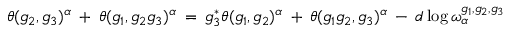
\theta ( g _ { 2 } , g _ { 3 } ) ^ { \alpha } \: + \: \theta ( g _ { 1 } , g _ { 2 } g _ { 3 } ) ^ { \alpha } \: = \: g _ { 3 } ^ { * } \theta ( g _ { 1 } , g _ { 2 } ) ^ { \alpha } \: + \: \theta ( g _ { 1 } g _ { 2 } , g _ { 3 } ) ^ { \alpha } \: - \: d \log \omega _ { \alpha } ^ { g _ { 1 } , g _ { 2 } , g _ { 3 } }